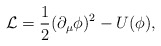
\begin{align*}{\cal {L}}=\frac{1}{2}(\partial _{\mu }\phi )^{2}-U(\phi ),\end{align*}